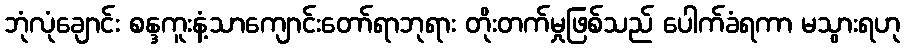
ဘုံလုံချောင်း စန္ဒကူးနံ့သာကျောင်းတော်ရာဘုရား တိုးတက်မှုဖြစ်သည် ပေါက်ခံရကာ မသွားရဟု